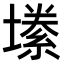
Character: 𫮫